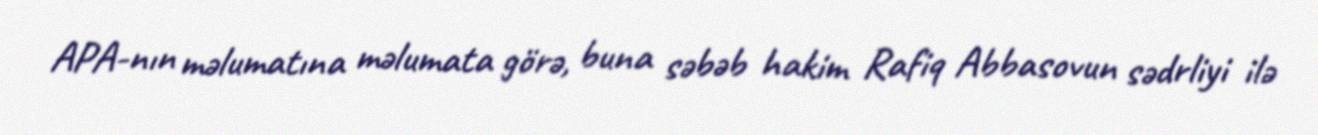
APA-nın məlumatına məlumata görə, buna səbəb hakim Rafiq Abbasovun sədrliyi ilə